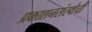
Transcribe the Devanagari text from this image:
प्रकाशनसंस्थेची